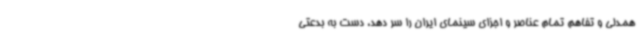
همدلی و تفاهم تمام عناصر و اجزای سینمای ایران را سر دهد، دست به بدعتی